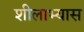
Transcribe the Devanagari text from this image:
शीलाभ्यास